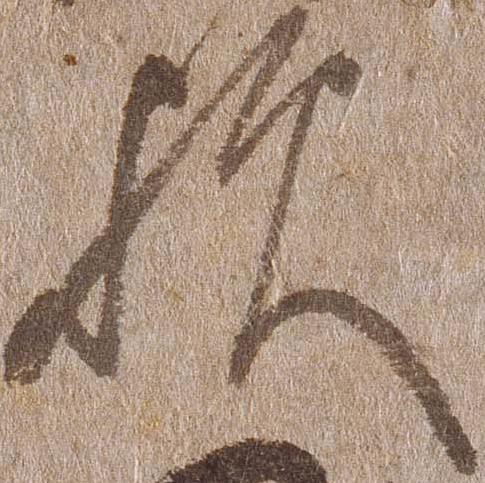
歟